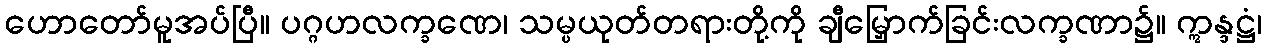
ဟောတော်မူအပ်ပြီ။ ပဂ္ဂဟလက္ခဏေ၊ သမ္ပယုတ်တရားတို့ကို ချီမြှောက်ခြင်းလက္ခဏာ၌။ ဣန္ဒဋ္ဌံ၊